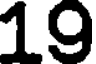
19